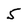
Character: 5